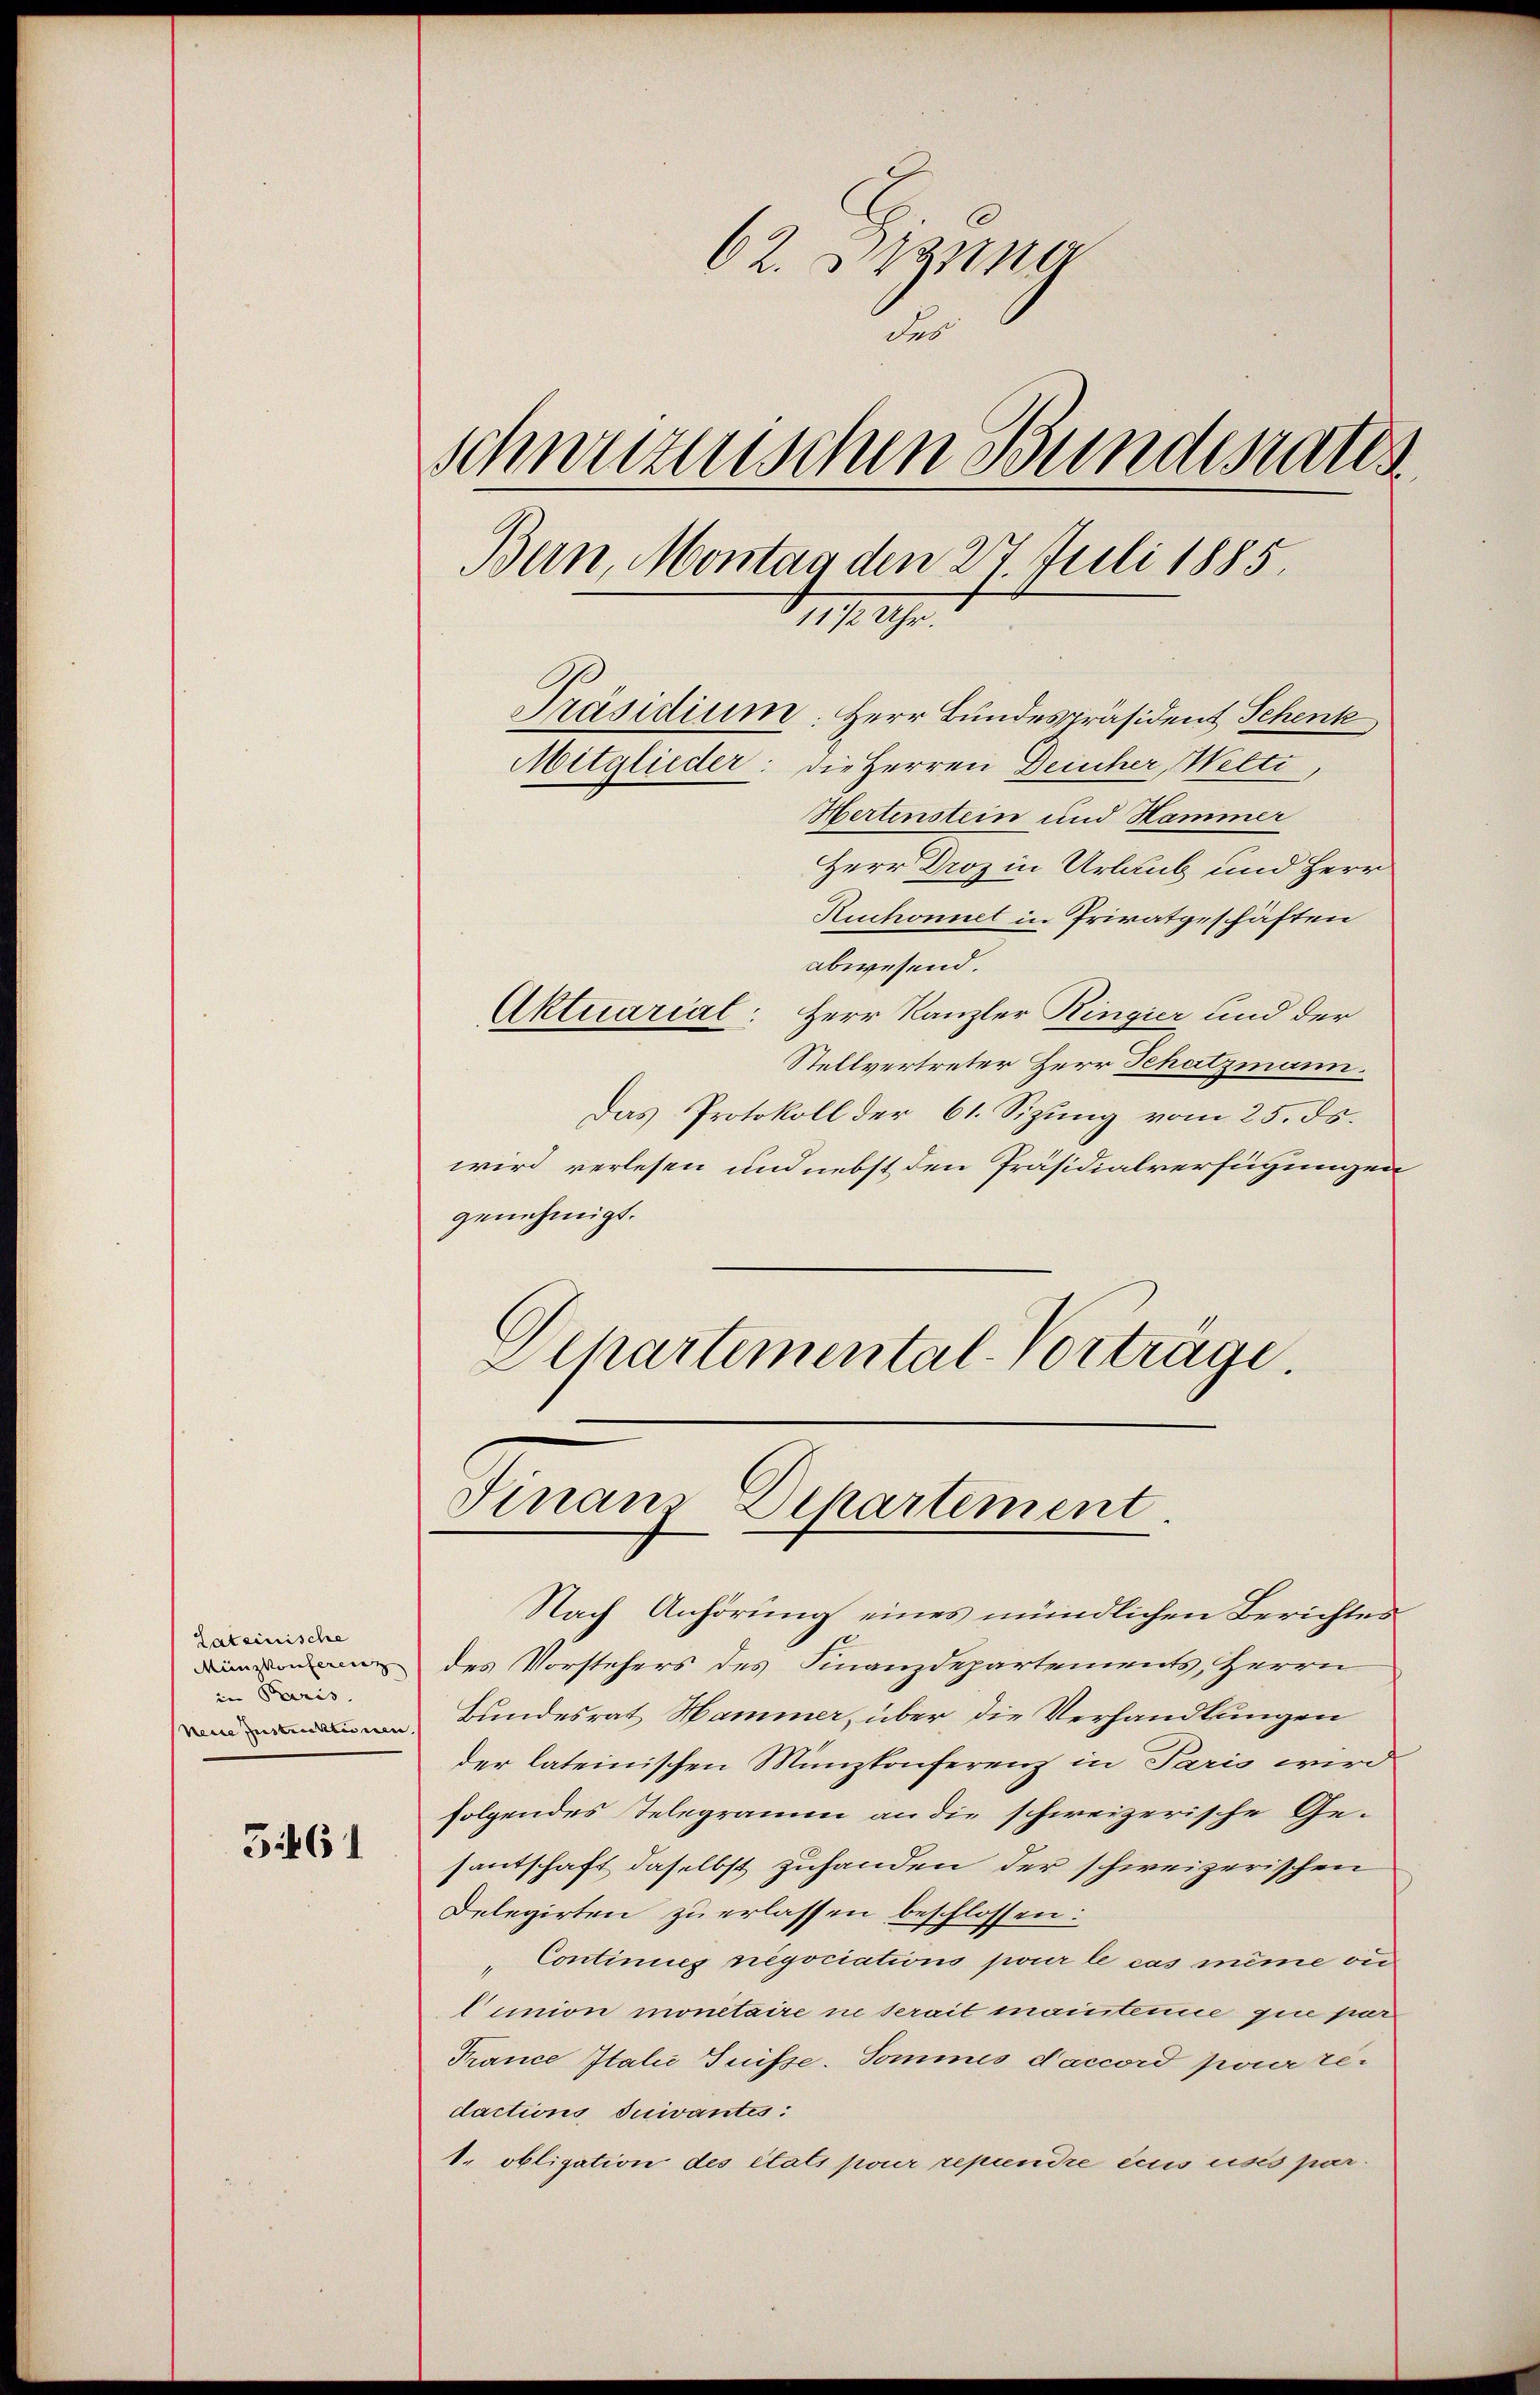
Lateinische
Münzkonferenz
in Paris.
Reise Instreckleinen

361

62. Btzuma
des
schweizerischen Bundesrates
Bern, Montag den 27 Juli 1885.
1149.

Präsidium. Herr Bundespräsident Schenk
Mitglieder: die Herren Deincher, Welti,
Hertenstein und Hammer
Herr Droz in Urlaub und Herr
Ruchonnet in Privatgeschäften
abwesend.
Aktuarial: Herr Kanzler Ringier und der
Stellvertreter Herr Schatzmann.
Das Protokoll der 61. Sizung vom 25. ds.
wird verlesen und nebst den Präsidialverfügungen
genehmigt.
Alkartemental-Vortrage.

Nach Anhörung eines mündlichen Berichtes
des Vorstehers des Finanzdepartements, Herrn
Bundesrat Hammer, über die Verhandlungen
der lateinischen Münzkonferenz in Paris wird
folgendes Telegramm an die schweizerische Gesantschaft daselbst zuhanden der schweizerischen
Delegirten zu erlassen beschlossen:
Continues negociations pour le cas même ou
Vunion monetaire ne serait maisterime que par
France Italić Suisse. Sommes Saccord pour te-
dactions quivantes:
1. obligation des états pour repiendre écus usés par

Sinaus Departement.